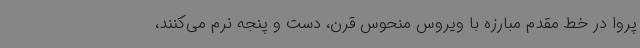
پروا در خط مقدم مبارزه با ویروس منحوس قرن، دست و پنجه نرم می‌کنند،